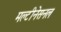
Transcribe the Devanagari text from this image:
मल्टीनेसनल